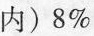
内)8%